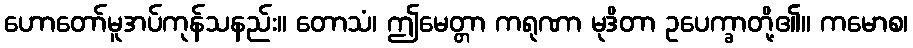
ဟောတော်မူအပ်ကုန်သနည်း။ တောသံ၊ ဤမေတ္တာ ကရုဏာ မုဒိတာ ဥပေက္ခာတို့၏။ ကမောစ၊